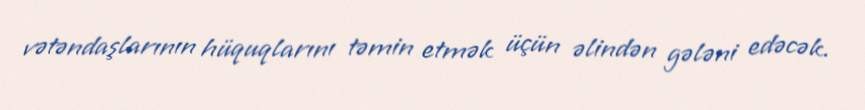
vətəndaşlarının hüquqlarını təmin etmək üçün əlindən gələni edəcək.